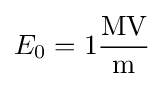
E_{0}=1\mathrm {\frac {MV}{m}}